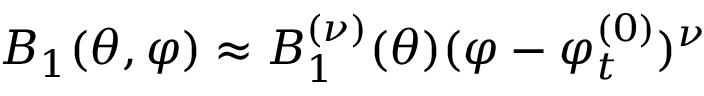
B _ { 1 } ( \theta , \varphi ) \approx B _ { 1 } ^ { ( \nu ) } ( \theta ) ( \varphi - \varphi _ { t } ^ { ( 0 ) } ) ^ { \nu }